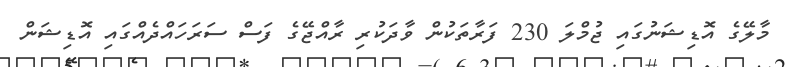
މާލޭގެ އޮޑިޝަނުގައި ޖުމްލަ 230 ފަރާތަކުން ވާދަކުރި ރާއްޖޭގެ ފަސް ސަރަހައްދެއްގައި އޮޑިޝަން